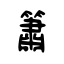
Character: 簫